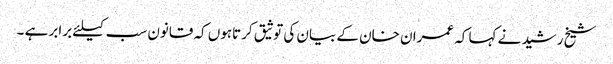
شیخ رشید نے کہا کہ عمران خان کے بیان کی توثیق کرتاہوں کہ قانون سب کیلئے برابر ہے ۔